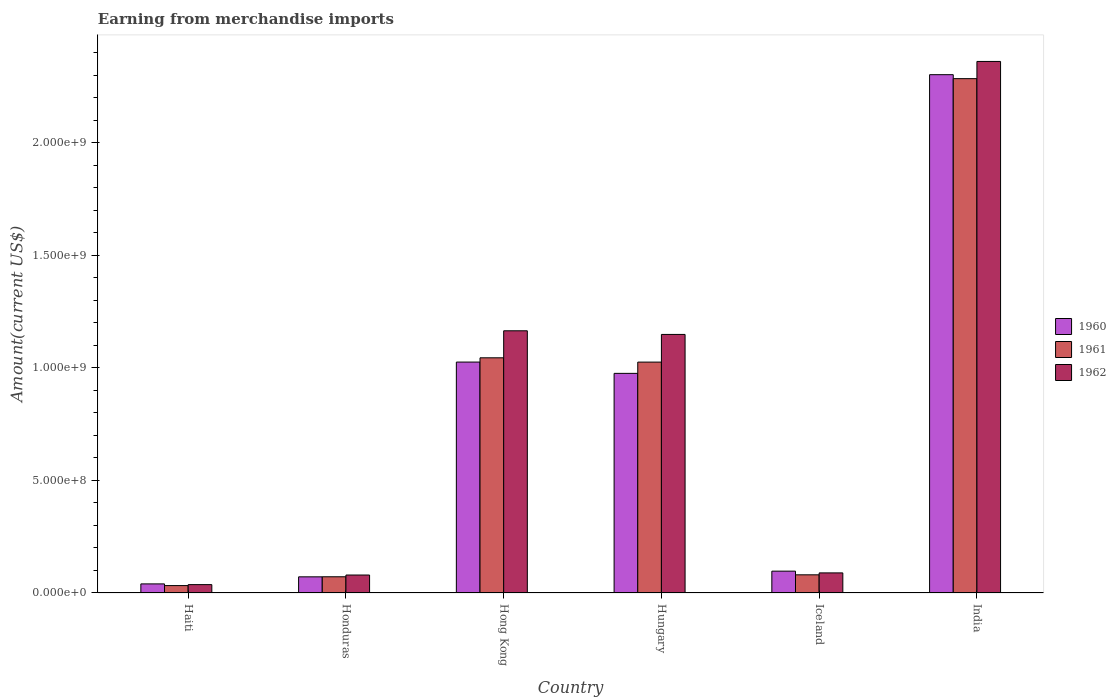
| Country | 1960 | 1961 | 1962 |
 | --- | --- | --- | --- |
 | Haiti | 4.04e+07 | 3.29e+07 | 3.72e+07 |
 | Honduras | 7.18e+07 | 7.20e+07 | 7.98e+07 |
 | Hong Kong | 1.03e+09 | 1.05e+09 | 1.17e+09 |
 | Hungary | 9.76e+08 | 1.03e+09 | 1.15e+09 |
 | Iceland | 9.7e+07 | 8.08e+07 | 8.93e+07 |
 | India | 2.3e+09 | 2.29e+09 | 2.36e+09 |